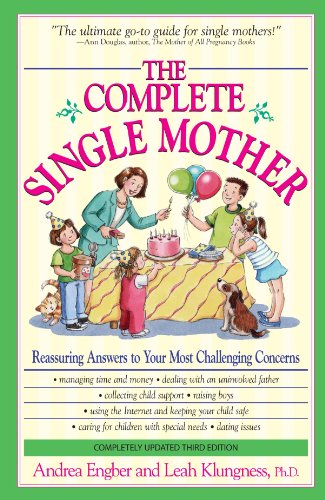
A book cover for The Complete Single Mother: Reassuring Answers to Your Most Challenging Concerns; Andrea Engber; Parenting & Relationships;